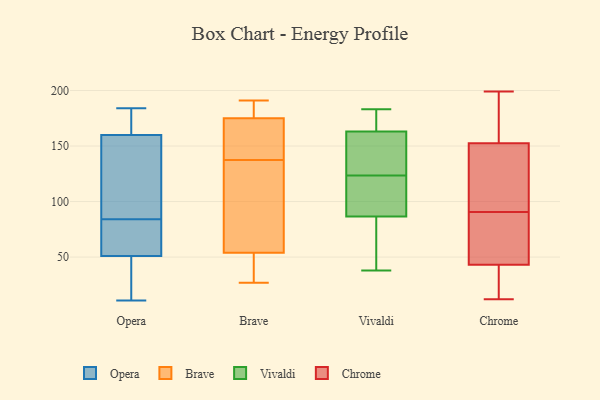
{"axis": {"x": "Gross Profit (USD K)", "y": "Value"}, "legend": ["Brave", "Chrome", "Opera", "Vivaldi"], "data": [{"x": "", "y": 35, "type": "Opera"}, {"x": "", "y": 52, "type": "Opera"}, {"x": "", "y": 155, "type": "Opera"}, {"x": "", "y": 184, "type": "Opera"}, {"x": "", "y": 51, "type": "Opera"}, {"x": "", "y": 11, "type": "Opera"}, {"x": "", "y": 90, "type": "Opera"}, {"x": "", "y": 161, "type": "Opera"}, {"x": "", "y": 147, "type": "Opera"}, {"x": "", "y": 160, "type": "Opera"}, {"x": "", "y": 181, "type": "Opera"}, {"x": "", "y": 29, "type": "Opera"}, {"x": "", "y": 56, "type": "Opera"}, {"x": "", "y": 146, "type": "Opera"}, {"x": "", "y": 164, "type": "Opera"}, {"x": "", "y": 78, "type": "Opera"}, {"x": "", "y": 53, "type": "Opera"}, {"x": "", "y": 37, "type": "Opera"}, {"x": "", "y": 191, "type": "Brave"}, {"x": "", "y": 177, "type": "Brave"}, {"x": "", "y": 58, "type": "Brave"}, {"x": "", "y": 129, "type": "Brave"}, {"x": "", "y": 27, "type": "Brave"}, {"x": "", "y": 146, "type": "Brave"}, {"x": "", "y": 175, "type": "Brave"}, {"x": "", "y": 153, "type": "Brave"}, {"x": "", "y": 54, "type": "Brave"}, {"x": "", "y": 28, "type": "Brave"}, {"x": "", "y": 117, "type": "Vivaldi"}, {"x": "", "y": 168, "type": "Vivaldi"}, {"x": "", "y": 183, "type": "Vivaldi"}, {"x": "", "y": 99, "type": "Vivaldi"}, {"x": "", "y": 129, "type": "Vivaldi"}, {"x": "", "y": 145, "type": "Vivaldi"}, {"x": "", "y": 38, "type": "Vivaldi"}, {"x": "", "y": 141, "type": "Vivaldi"}, {"x": "", "y": 161, "type": "Vivaldi"}, {"x": "", "y": 176, "type": "Vivaldi"}, {"x": "", "y": 53, "type": "Vivaldi"}, {"x": "", "y": 74, "type": "Vivaldi"}, {"x": "", "y": 118, "type": "Vivaldi"}, {"x": "", "y": 165, "type": "Vivaldi"}, {"x": "", "y": 63, "type": "Vivaldi"}, {"x": "", "y": 110, "type": "Vivaldi"}, {"x": "", "y": 27, "type": "Chrome"}, {"x": "", "y": 140, "type": "Chrome"}, {"x": "", "y": 169, "type": "Chrome"}, {"x": "", "y": 199, "type": "Chrome"}, {"x": "", "y": 14, "type": "Chrome"}, {"x": "", "y": 57, "type": "Chrome"}, {"x": "", "y": 60, "type": "Chrome"}, {"x": "", "y": 172, "type": "Chrome"}, {"x": "", "y": 140, "type": "Chrome"}, {"x": "", "y": 92, "type": "Chrome"}, {"x": "", "y": 89, "type": "Chrome"}, {"x": "", "y": 65, "type": "Chrome"}, {"x": "", "y": 154, "type": "Chrome"}, {"x": "", "y": 68, "type": "Chrome"}, {"x": "", "y": 29, "type": "Chrome"}, {"x": "", "y": 151, "type": "Chrome"}, {"x": "", "y": 12, "type": "Chrome"}, {"x": "", "y": 191, "type": "Chrome"}, {"x": "", "y": 16, "type": "Chrome"}, {"x": "", "y": 106, "type": "Chrome"}]}